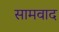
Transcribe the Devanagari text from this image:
सामवाद